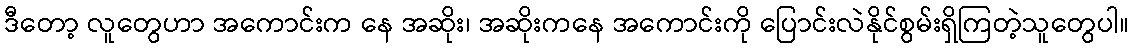
ဒီတော့ လူတွေဟာ အကောင်းက နေ အဆိုး၊ အဆိုးကနေ အကောင်းကို ပြောင်းလဲနိုင်စွမ်းရှိကြတဲ့သူတွေပါ။